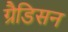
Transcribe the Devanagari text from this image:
ग्रैडिसन